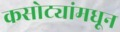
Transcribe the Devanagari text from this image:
कसोट्यांमधून